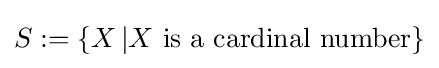
S:=\{X\,|X{\text{ is a cardinal number}}\}